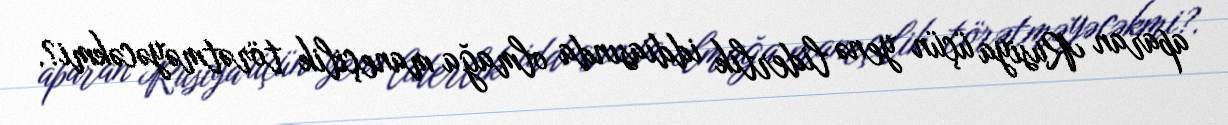
aparan Rusiya üçün yenə liderlik iddiasında olmağa maneçilik törətməyəcəkmi?.